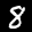
Label: 8